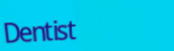
Dentist